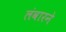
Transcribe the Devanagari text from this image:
लंवारने